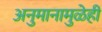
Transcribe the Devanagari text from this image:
अनुमानामुळेही